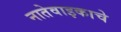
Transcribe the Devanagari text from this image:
नातेवाइकाचे